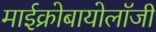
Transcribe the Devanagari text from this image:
माईक्रोबायोलॉजी